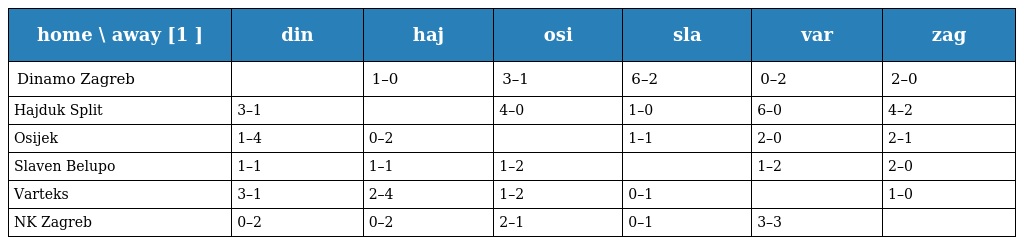
| home \ away [1 ] | din | haj | osi | sla | var | zag |
 | --- | --- | --- | --- | --- | --- | --- |
 | Dinamo Zagreb |  | 1–0 | 3–1 | 6–2 | 0–2 | 2–0 |
 | Hajduk Split | 3–1 |  | 4–0 | 1–0 | 6–0 | 4–2 |
 | Osijek | 1–4 | 0–2 |  | 1–1 | 2–0 | 2–1 |
 | Slaven Belupo | 1–1 | 1–1 | 1–2 |  | 1–2 | 2–0 |
 | Varteks | 3–1 | 2–4 | 1–2 | 0–1 |  | 1–0 |
 | NK Zagreb | 0–2 | 0–2 | 2–1 | 0–1 | 3–3 |  |